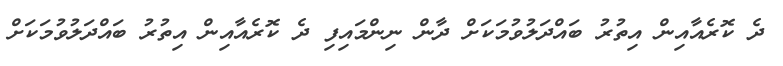
ދެ ކޮރެއާއިން އިތުރު ބައްދަލުވުމަކަށް ދާން ނިންމައިފި ދެ ކޮރެއާއިން އިތުރު ބައްދަލުވުމަކަށް